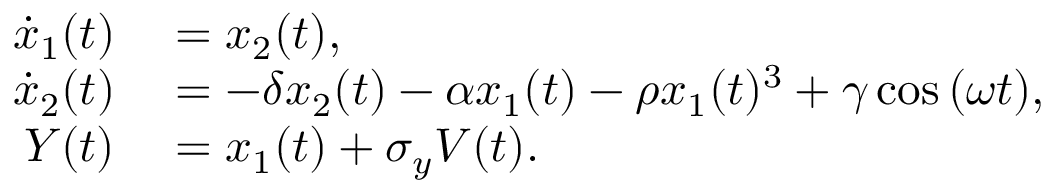
\begin{array} { r l } { \dot { x } _ { 1 } ( t ) } & { { } = x _ { 2 } ( t ) , } \\ { \dot { x } _ { 2 } ( t ) } & { { } = - \delta x _ { 2 } ( t ) - \alpha x _ { 1 } ( t ) - \rho x _ { 1 } ( t ) ^ { 3 } + \gamma \cos { ( \omega t ) } , } \\ { Y ( t ) } & { { } = x _ { 1 } ( t ) + \sigma _ { y } V ( t ) . } \end{array}